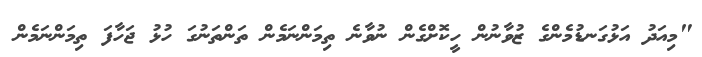
"މިއަދު އަޅުގަނޑުމެންގެ ޒުވާނުން ހީކޮށްގެން ނުވާނެ ތިމަންނަމެން ތަންތަނުގަ ހުޅު ޖަހާފަ ތިމަންނަމެން